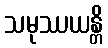
သမုဿယန္တိ